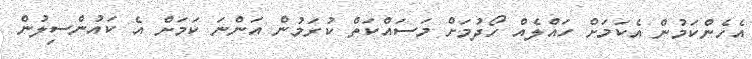
އެހެންކަމުން އެކަމަށް ހައްލެއް ހޯދުމަށް މަސައްކަތް ކުރަމުން އަންނަ ކަމަށް އެ ކައުންސިލުން